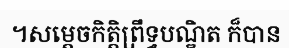
។សម្តេចកិត្តិព្រឹទ្ធបណ្ឌិត ក៏បាន